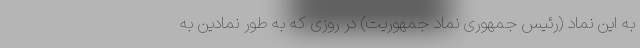
به این نماد (رئیس جمهوری نماد جمهوریت) در روزی که به طور نمادین به